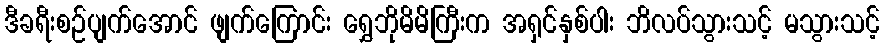
ဒီခရီးစဉ်ပျက်အောင် ဖျက်ကြောင်း ရွှေဘိုမိမိကြီးက အရှင်နှစ်ပါး ဘိလပ်သွားသင့် မသွားသင့်